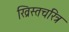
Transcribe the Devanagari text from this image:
ख्रिस्तचरित्र